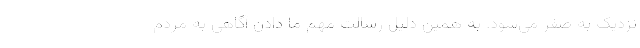
نزدیک به صفر می‌شود. به همین دلیل رسالت مهم ما دادن آگاهی به مردم